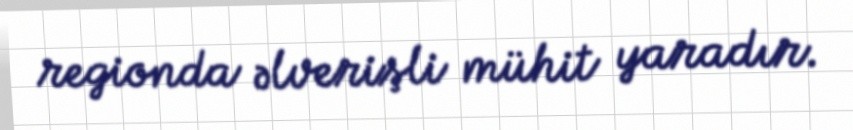
regionda əlverişli mühit yaradır.